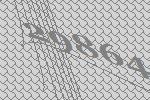
29864